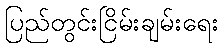
ပြည်တွင်းငြိမ်းချမ်းရေး